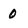
Character: 0